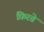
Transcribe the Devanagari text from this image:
फ़िरते